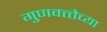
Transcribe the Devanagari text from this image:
गुणवत्त्तेच्या